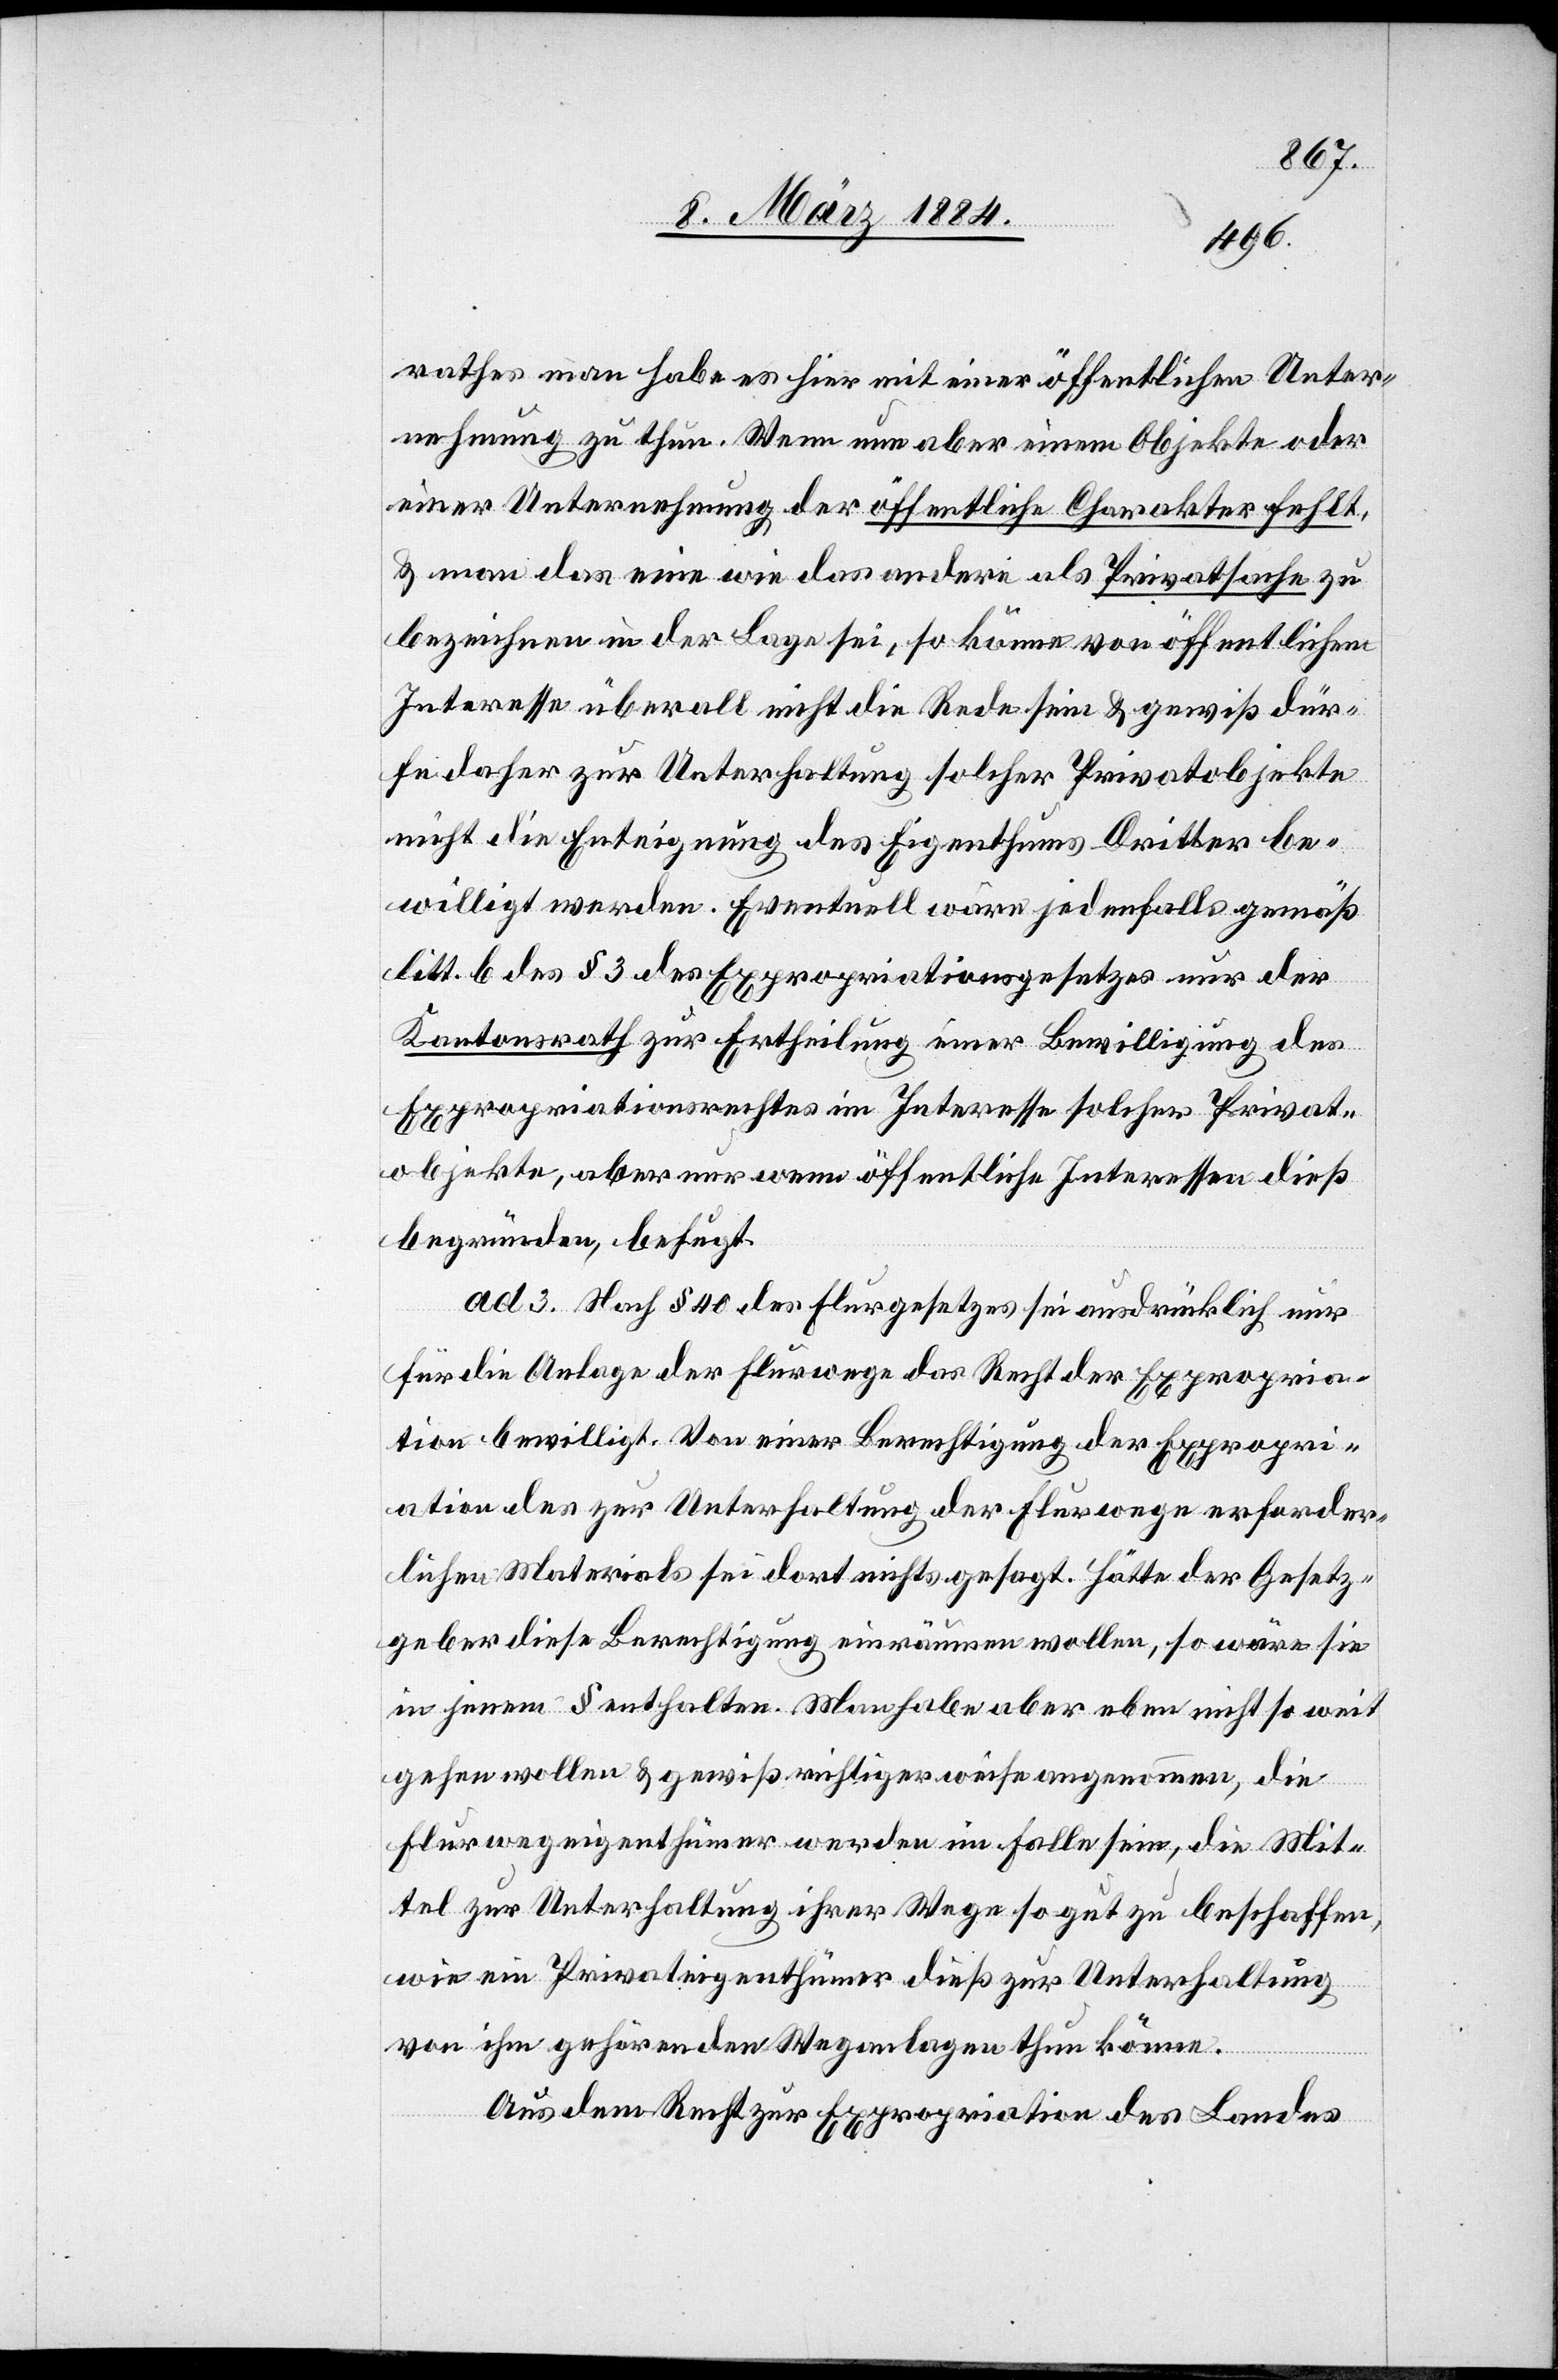
rathes man habe es hier mit einer öffentlichen Unter¬
nehmung zu thun. Wenn nun aber einem Objekte oder
einer Unternehmung der öffentliche Charakter fehlt,
& man das eine wie das andere als Privatsache zu
bezeichnen in der Lage sei, so könne von öffentlichem
Interesse überall nicht die Rede sein & gewiß dür¬
fe daher zur Unterhaltung solcher Privatobjekte
nicht die Enteignung des Eigenthums Dritter be¬
willigt werden. Eventuell wäre jedenfalls gemäß
litt. b des § 3 des Expropriationsgesetzes nur der
Kantonsrath zur Ertheilung einer Bewilligung des
Expropriationsrechtes im Interesse solcher Privat¬
objekte, aber nur wenn öffentliche Interessen dieß
begründen, befugt.
ad. 3. Nach § 40 des Flurgesetzes sei ausdrücklich nur
für die Anlage der Flurwege das Recht der Expropria¬
tion bewilligt. Von einer Berechtigung der Expropri¬
ation des zur Unterhaltung der Flurwege erforder¬
lichen Materials sei dort nichts gesagt. Hätte der Gesetz¬
geber diese Berechtigung einräumen wollen, so wäre sie
in jenem § enthalten. Man habe aber eben nicht so weit
gehen wollen & gewiß richtiger Weise angenommen, die
Flurwegeigenthümer werden im Falle sein, die Mit¬
tel zur Unterhaltung ihrer Wege so gut zu beschaffen,
wie ein Privateigenthümer dieß zur Unterhaltung
von ihm gehörenden Weganlagen thun könne.
Aus dem Recht zur Expropriation des Landes